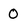
Character: 0